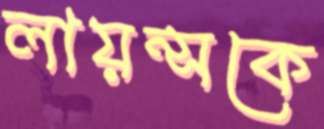
লায়ন্সকে